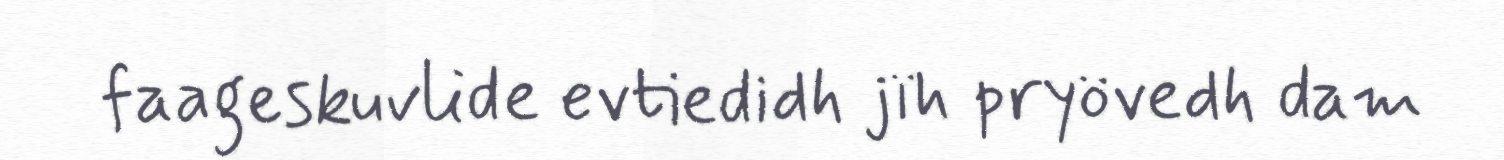
faageskuvlide evtiedidh jïh pryövedh dam